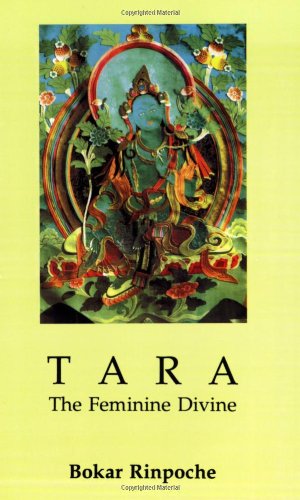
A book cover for Tara The Feminine Divine; Bokar Rinpoche; Religion & Spirituality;